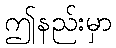
ဤနည်းမှာ